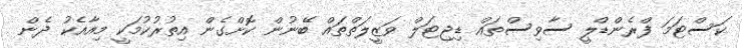
ކަސްޓަމަ ފްރެންޑްލީ ސާވިސްތައް ޑިޖިޓަލް ވަޒީލަތްތައް ބޭނުން ކޮށްގެން އިތުރުކުމަކީ މިއާއެކު ދެން